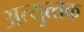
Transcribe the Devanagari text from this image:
अत्‍युत्‍तक